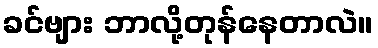
ခင်ဗျား ဘာလို့တုန်နေတာလဲ။